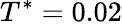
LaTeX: T^{*}=0.02